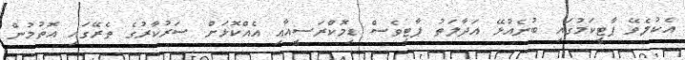
އެކުލެވޭ ޕާޓީކަމުގައި ބުނެއުޅޭ އަދާލަތު ޕާޓީވެސް ޑިމޮކްރަސީއާއި އެއްކޮޅަށް ސަރުކާރުގެ ތެރޭގައި އޮތުމުން